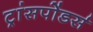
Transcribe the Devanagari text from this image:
ट्रांसपोंडर्स